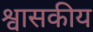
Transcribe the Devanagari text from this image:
श्वासकीय